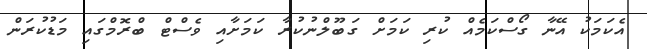
އެކަމަކު އޭނާ ގޯސްކަމެއް ކުރި ކަމަށް ގަބޫލްނުކުރާ ކަމަށާއި ވެސްޓް ބްރޮމްގައި މަޑުކުރަން